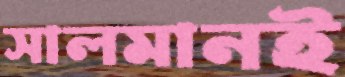
সালমানই